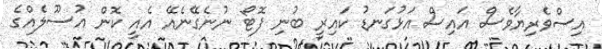
އިސްވެރިޔާވެސް އައިސް އަޅުގަނޑު ކައިރީ ބުނި ފޮޓޯ ނުނެގޭނެއޭ އެއީ ކޮން އުސޫލެއްގެ